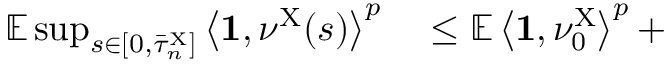
\begin{array} { r l } { \mathbb { E } \operatorname* { s u p } _ { s \in [ 0 , \bar { \tau } _ { n } ^ { \mathrm { X } } ] } \left\langle \mathbf { 1 } , \nu ^ { \mathrm { X } } ( s ) \right\rangle ^ { p } } & { { } \leq \mathbb { E } \left\langle \mathbf { 1 } , \nu _ { 0 } ^ { \mathrm { X } } \right\rangle ^ { p } + } \end{array}